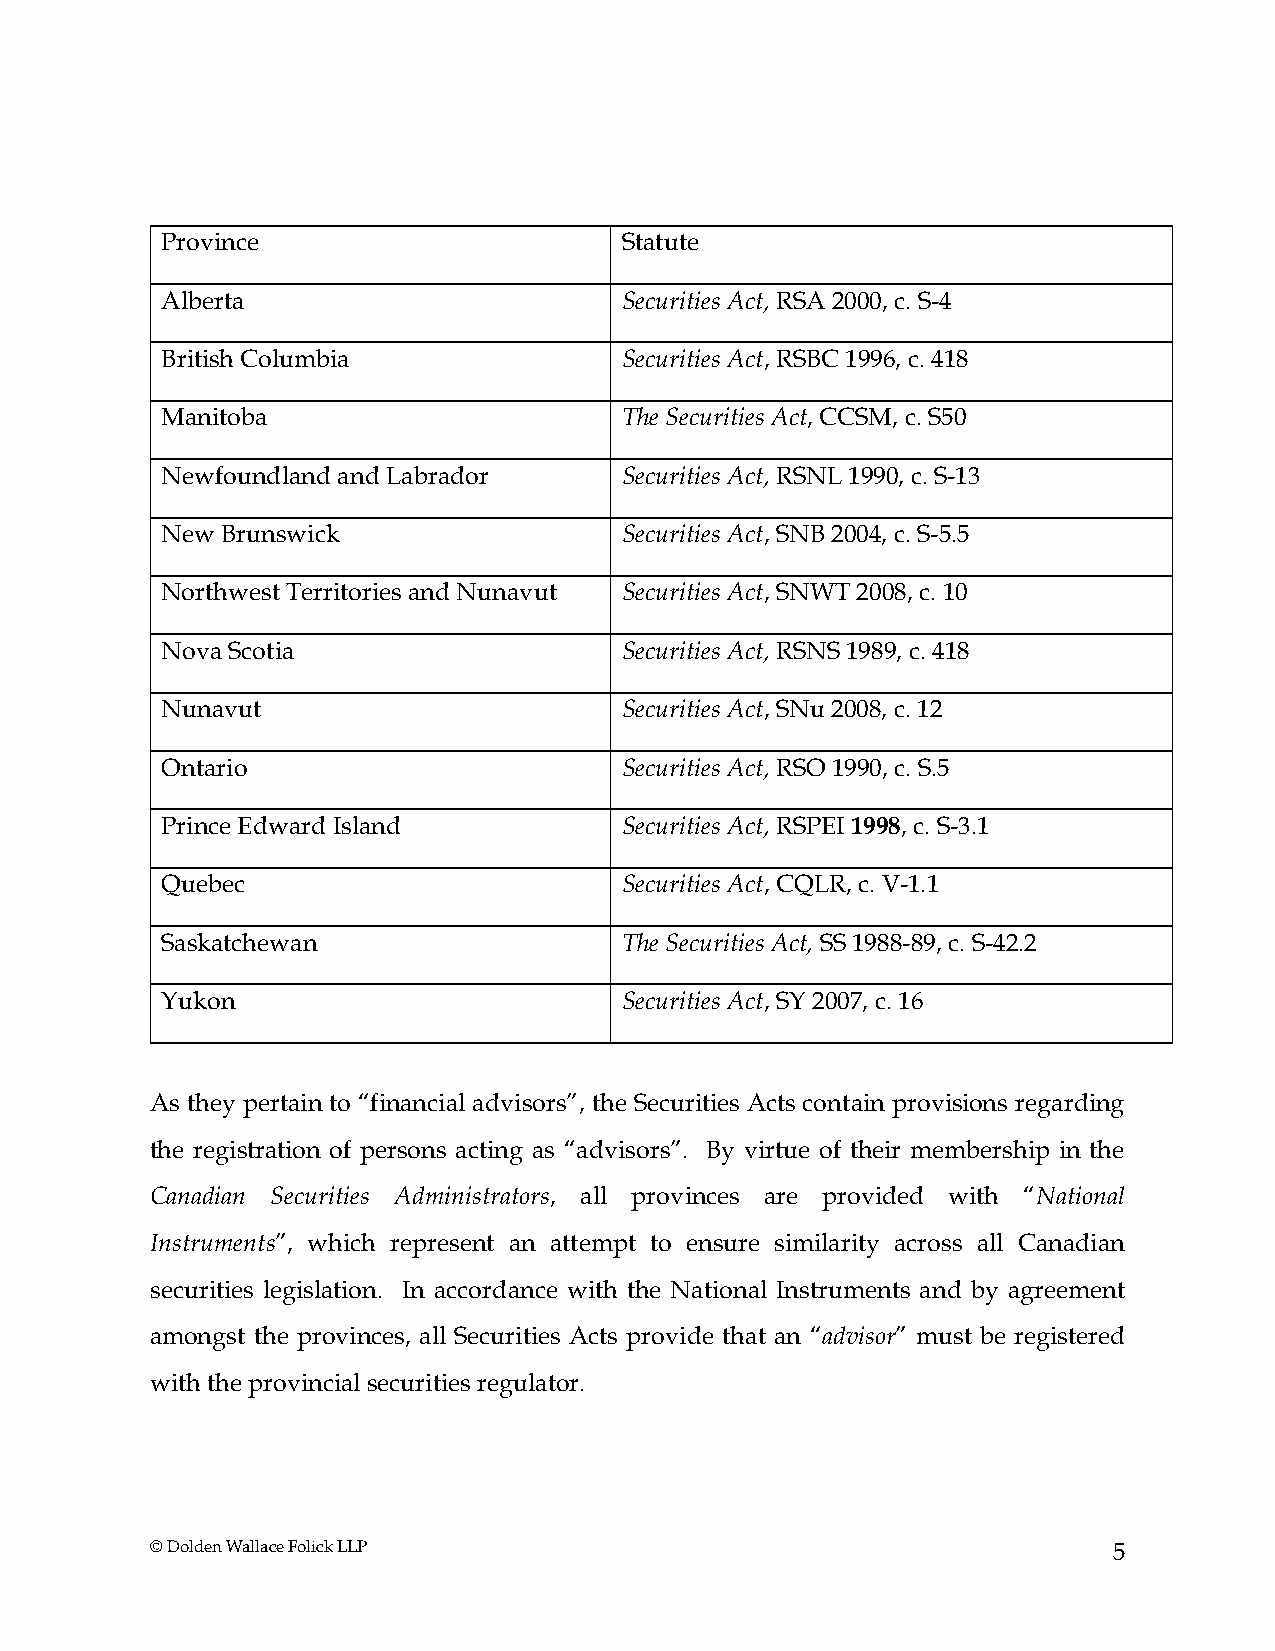
Province                      Statute
 Alberta                       Securities Act, RSA 2000, c. S-4
 British Columbia              Securities Act, RSBC 1996, c. 418
 Manitoba                      The Securities Act, CCSM, c. S50
 Newfoundland and Labrador     Securities Act, RSNL 1990, c. S-13
 New Brunswick                 Securities Act, SNB 2004, c. S-5.5
 Northwest Territories and Nunavut Securities Act, SNWT 2008, c. 10
 Nova Scotia                   Securities Act, RSNS 1989, c. 418
 Nunavut                       Securities Act, SNu 2008, c. 12
 Ontario                       Securities Act, RSO 1990, c. S.5
 Prince Edward Island          Securities Act, RSPEI 1998, c. S-3.1
 Quebec                        Securities Act, CQLR, c. V-1.1
 Saskatchewan                  The Securities Act, SS 1988-89, c. S-42.2
 Yukon                         Securities Act, SY 2007, c. 16
 As they pertain to “financial advisors”, the Securities Acts contain provisions regarding
 the registration of persons acting as “advisors”. By virtue of their membership in the
 Canadian Securities Administrators, all provinces are provided with “National
 Instruments”, which represent an attempt to ensure similarity across all Canadian
 securities legislation. In accordance with the National Instruments and by agreement
 amongst the provinces, all Securities Acts provide that an “advisor” must be registered
 with the provincial securities regulator.
 © Dolden Wallace Folick LLP                                     5